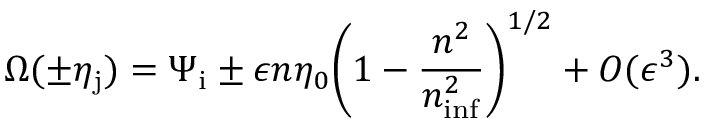
\Omega ( \pm \eta _ { \mathrm { j } } ) = \Psi _ { \mathrm { i } } \pm \epsilon n \eta _ { 0 } \biggl ( 1 - \frac { n ^ { 2 } } { n _ { \mathrm { i n f } } ^ { 2 } } \biggr ) ^ { 1 / 2 } + { \cal O } ( \epsilon ^ { 3 } ) .